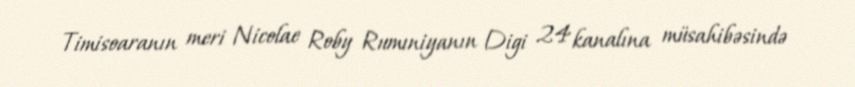
Timisoaranın meri Nicolae Roby Rumıniyanın Digi 24 kanalına müsahibəsində